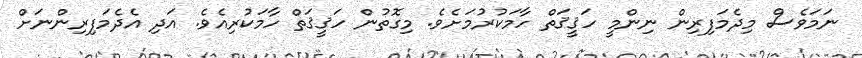
ނަމަވެސް މިދެމަފިރިން ނިންމީ ހަޤީޤަތް ހާމަކުރުމަށެވެ. މިގޮތުން ހަޤީޤަތް ހާމަކުރިއެވެ. އަދި އެދެމަފިރިންނަށް